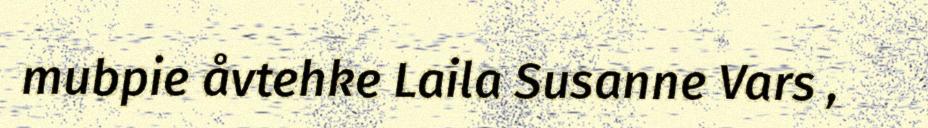
mubpie åvtehke Laila Susanne Vars ,